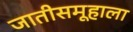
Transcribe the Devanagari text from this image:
जातीसमूहाला